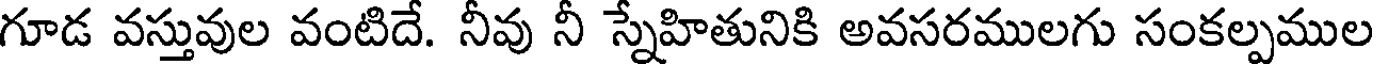
గూడ వస్తువుల వంటిదే. నీవు నీ స్నేహితునికి అవసరములగు సంకల్పముల